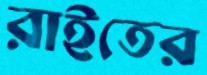
রাইতের